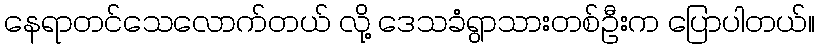
နေရာတင်သေလောက်တယ် လို့ ဒေသခံရွာသားတစ်ဦးက ပြောပါတယ်။